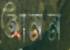
আনন